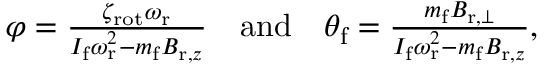
\begin{array} { r } { \varphi = \frac { \zeta _ { \mathrm { r o t } } \omega _ { \mathrm { r } } } { I _ { \mathrm { f } } \omega _ { \mathrm { r } } ^ { 2 } - m _ { \mathrm { f } } B _ { \mathrm { r } , z } } \quad \mathrm { a n d } \quad \theta _ { \mathrm { f } } = \frac { m _ { \mathrm { f } } B _ { \mathrm { r } , \perp } } { I _ { \mathrm { f } } \omega _ { \mathrm { r } } ^ { 2 } - m _ { \mathrm { f } } B _ { \mathrm { r } , z } } , } \end{array}